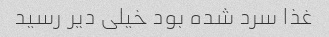
غذا سرد شده بود خیلی دیر رسید